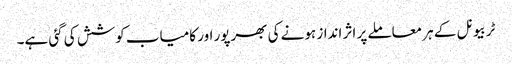
ٹربیونل کے ہر معاملے پر اثر انداز ہونے کی بھرپور اور کامیاب کوشش کی گئی ہے۔